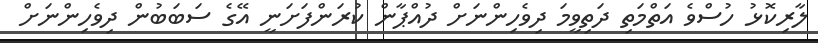
ލާރިކޮޅު ހުސްވެ އަތްމަތި ދަތިވީމަ ދިވެހިންނަށް ދުއްޕާން ކުރަންފަށަނީ އޭގެ ސަބަބުން ދިވެހިންނަށް